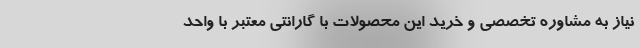
نیاز به مشاوره تخصصی و خرید این محصولات با گارانتی معتبر با واحد